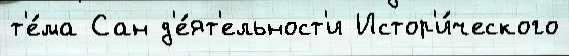
т'е́ма Сан д'е́ят'ельност'и Истор'и́ческого